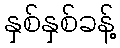
နှစ်နှစ်ခန့်